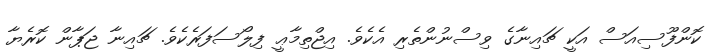
ކޮންފޫސިއަސް އަކީ ޗައިނާގެ ވިސްނުންތެރި އެކެވެ. އިޖްތިމާޢީ ފިލޯސަފަރެކެވެ. ޗައިނާ ޖަޕާން ކޮރެޔާ